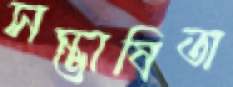
সম্ভাষিতা